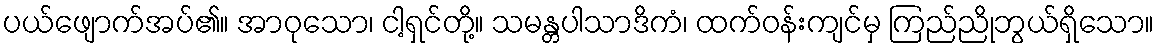
ပယ်ဖျောက်အပ်၏။ အာဝုသော၊ ငါ့ရှင်တို့။ သမန္တပါသာဒိကံ၊ ထက်ဝန်းကျင်မှ ကြည်ညိုဘွယ်ရှိသော။